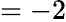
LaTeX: =-2